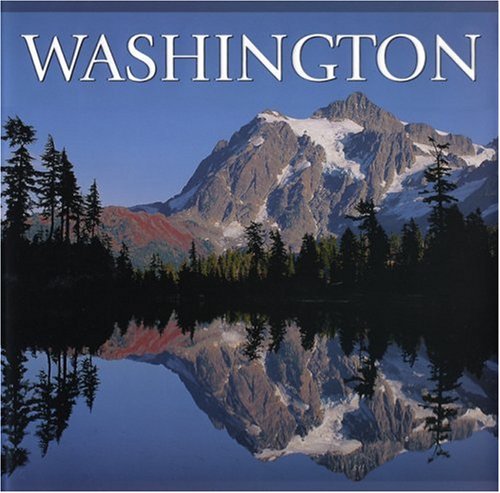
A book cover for Washington (America); Tanya Lloyd Kyi; Travel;